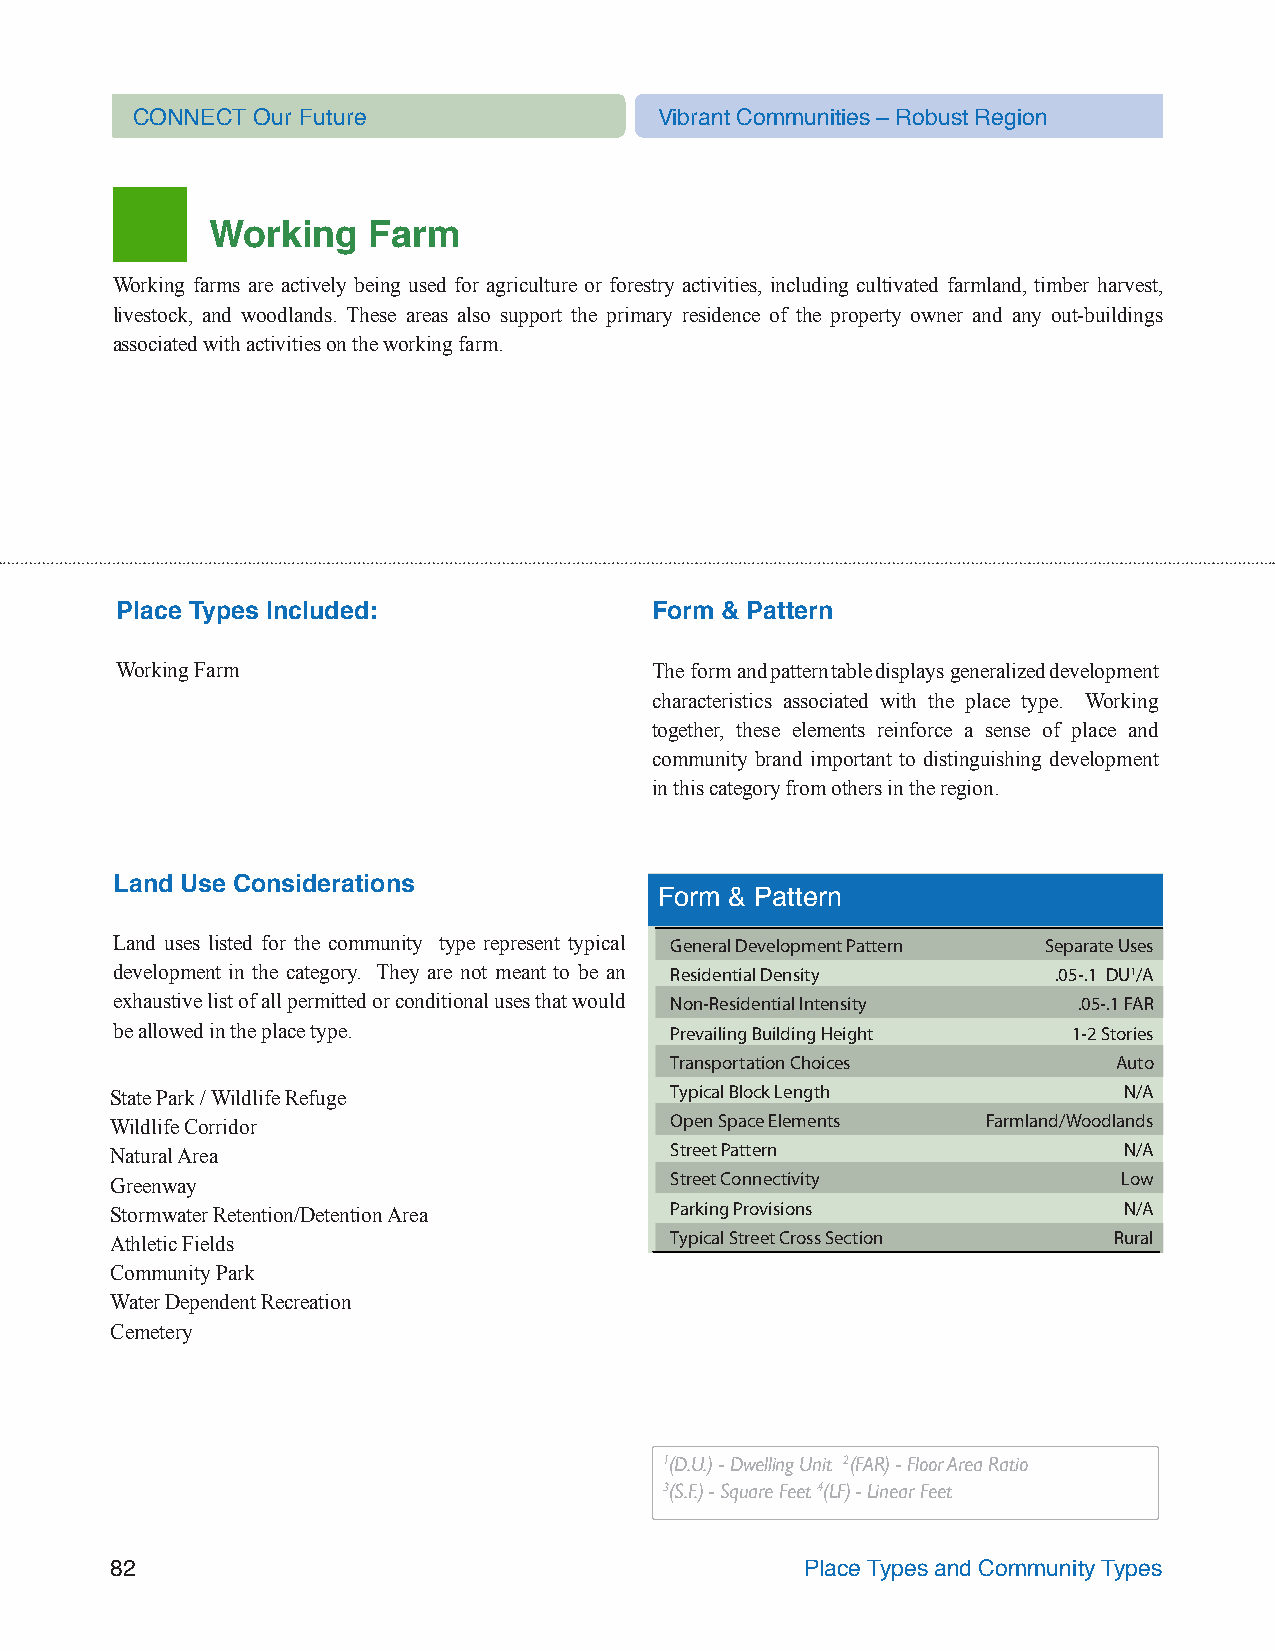
CONNECT Our Future                 Vibrant Communities – Robust Region
 Working   Farm
 Working farms are actively being used for agriculture or forestry activities, including cultivated farmland, timber harvest,
 livestock, and woodlands. These areas also support the primary residence of the property owner and any out-buildings
 associated with activities on the working farm.
 Place Types Included:              Form & Pattern
 Working Farm                       The form and pattern table displays generalized development
 characteristics associated with the place type. Working
 together, these elements reinforce a sense of place and
 community brand important to distinguishing development
 in this category from others in the region.
 Land Use Considerations
 Form & Pattern
 Land uses listed for the community type represent typical General Development Pattern Separate Uses
 development in the category. They are not meant to be an Residential Density .05-.1 DU1/A
 exhaustive list of all permitted or conditional uses that would Non-Residential Intensity .05-.1 FAR
 be allowed in the place type.       Prevailing Building Height 1-2 Stories
 Transportation Choices        Auto
 State Park / Wildlife Refuge         Typical Block Length          N/A
 Wildlife Corridor                    Open Space Elements  Farmland/Woodlands
 Natural Area                         Street Pattern                N/A
 Greenway                             Street Connectivity           Low
 Stormwater Retention/Detention Area  Parking Provisions            N/A
 Athletic Fields                      Typical Street Cross Section  Rural
 Community Park
 Water Dependent Recreation
 Cemetery
 1(D.U.) - Dwelling Unit 2(FAR) - Floor Area Ratio
 3(S.F.) - Square Feet 4(LF) - Linear Feet
 82                                            Place Types and Community Types